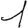
Digit: 1